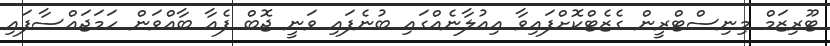
ޓޫރިޒަމް މިނިސްޓްރީން ގެޒެޓްކޮށްފައިވާ އިއުލާނެއްގައި ބުނެފައި ވަނީ ޖޮބް ފެއާ ބާއްވަން ހަމަޖައްސާފައި